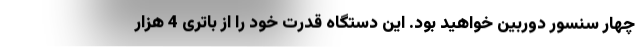
چهار سنسور دوربین خواهید بود. این دستگاه قدرت خود را از باتری 4 هزار